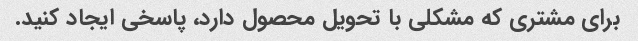
برای مشتری که مشکلی با تحویل محصول دارد، پاسخی ایجاد کنید.